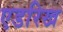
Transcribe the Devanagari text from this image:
एडरिख